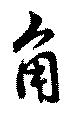
角